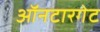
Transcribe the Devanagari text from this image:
ऑनटारगेट